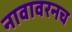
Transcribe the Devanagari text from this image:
नावावरनच